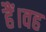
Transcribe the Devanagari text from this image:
हैं।वह